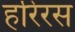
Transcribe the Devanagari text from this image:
हरिरस